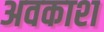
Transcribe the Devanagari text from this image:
अवकाश्‍ा